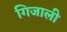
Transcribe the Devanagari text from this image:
गिजाली